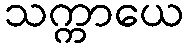
သက္ကာယေ